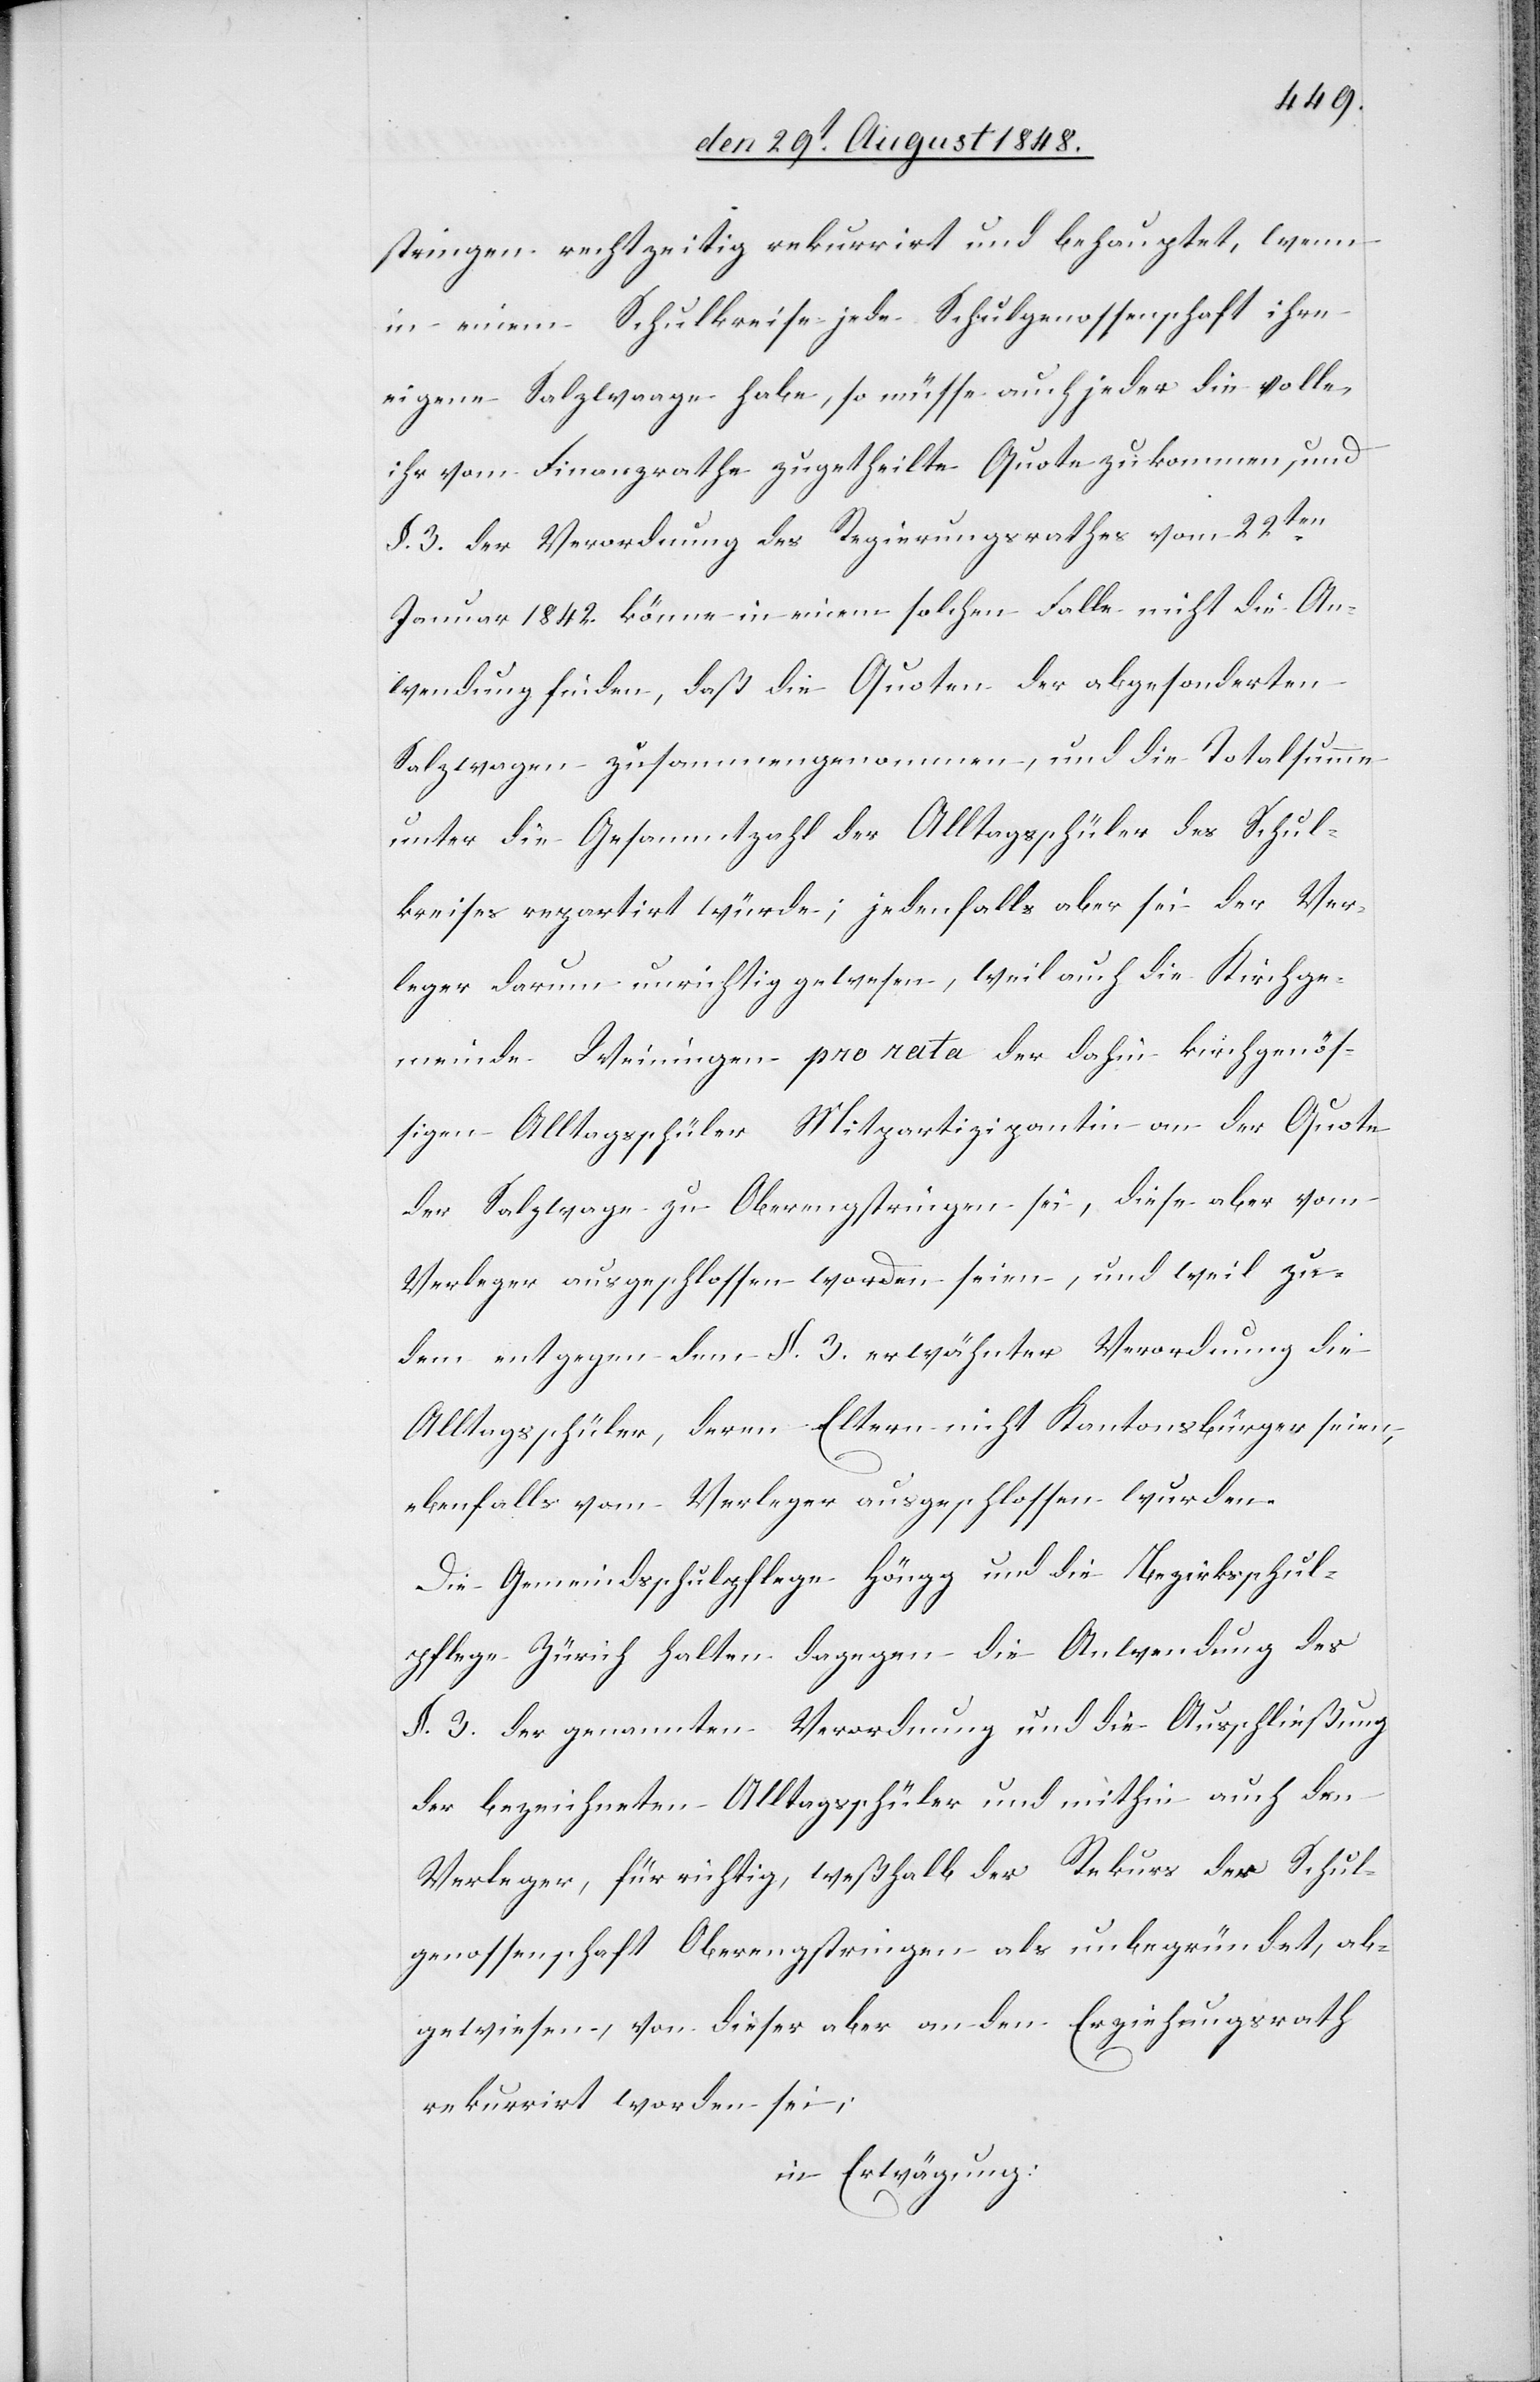
stringen rechtzeitig rekurrirt und behauptet, wenn
in einem Schulkreise jede Schulgenossenschaft ihre
eigene Salzwaage habe, so müsse auch jeder die volle,
ihr vom Finanzrathe zugetheilte Quote zukommen, und
§. 3. der Verordnung des Regierungsrathes vom 22ten
Januar 1842. könne in einem solchen Falle nicht die An¬
wendung finden, daß die Quoten der abgesonderten
Salzwagen zusammengenommen, und die Totalsumme
unter die Gesammtzahl der Alltagsschüler des Schul¬
kreises repartirt würde; jedenfalls aber sei der Ver¬
leger darum unrichtig gewesen, weil auch die Kirchge¬
meinde Weiningen pro rata der dahin kirchgenös¬
sigen Alltagsschüler Mitpartizipantin an der Quote
der Salzwage zu Oberengstringen sei, diese aber vom
Verleger ausgeschlossen worden seien, und weil zu¬
dem entgegen dem §. 3. erwähnter Verordnung die
Alltagsschüler, deren Eltern nicht Kantonsbürger seien,
ebenfalls vom Verleger ausgeschlossen wurden.
Die Gemeindschulpflege Höngg und die Bezirksschul¬
pflege Zürich halten dagegen die Anwendung des
§. 3. der genannten Verordnung und die Ausschließung
der bezeichneten Alltagsschüler und mithin auch den
Verleger, für richtig, weßhalb der Rekurs der Schul¬
genossenschaft Oberengstringen als unbegründet, ab¬
gewiesen, von dieser aber an den Erziehungsrath
rekurrirt worden sei;
in Erwägung: